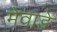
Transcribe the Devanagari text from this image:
मेवाडे